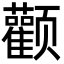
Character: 颧